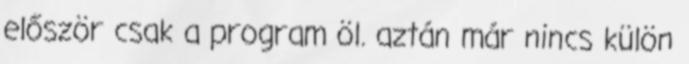
először csak a program öl. aztán már nincs külön